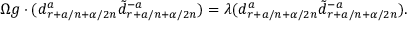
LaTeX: \Omega g \cdot ( d _ { r + a / n + \alpha / 2 n } ^ { a } \tilde { d } _ { r + a / n + \alpha / 2 n } ^ { - a } ) = \lambda ( d _ { r + a / n + \alpha / 2 n } ^ { a } \tilde { d } _ { r + a / n + \alpha / 2 n } ^ { - a } ) .